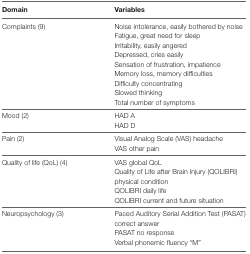
| Domain | Variables |
 | --- | --- |
 | <ROWSPAN=9> Complaints (9) | Noise intolerance, easily bothered by noise |
 | Fatigue, great need for sleep |
 | Irritability, easily angered |
 | Depressed, cries easily |
 | Sensation of frustration, impatience |
 | Memory loss, memory difficulties |
 | Difficulty concentrating |
 | Slowed thinking |
 | Total number of symptoms |
 | <ROWSPAN=2> Mood (2) | HAD A |
 | HAD D |
 | <ROWSPAN=2> Pain (2) | Visual Analog Scale (VAS) headache |
 | VAS other pain |
 | <ROWSPAN=4> Quality of life (QoL) (4) | VAS global QoL |
 | Quality of Life after Brain Injury (QOLIBRI) physical condition |
 | QOLIBRI daily life |
 | QOLIBRI current and future situation |
 | <ROWSPAN=3> Neuropsychology (3) | Paced Auditory Serial Addition Test (PASAT) correct answer |
 | PASAT no response |
 | Verbal phonemic fluency “M” |